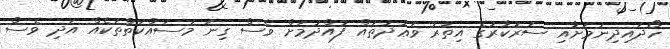
ހޯދައިދިނުމަށާއި ސަރުކާރުގެ އިތުރު ވަޢުދުތައް ފުއްދުމަށް ވެސް ގިނަ މަސައްކަތްތަކެއް އަދި ވެސް